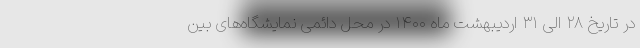
در تاریخ ۲۸ الی ۳۱ اردیبهشت ماه ۱۴۰۰ در محل دائمی نمایشگاه‌های بین